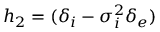
h _ { 2 } = ( \delta _ { i } - \sigma _ { i } ^ { 2 } \delta _ { e } )